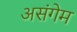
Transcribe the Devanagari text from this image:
असंगेम